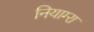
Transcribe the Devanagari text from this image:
नियाग्‍रा